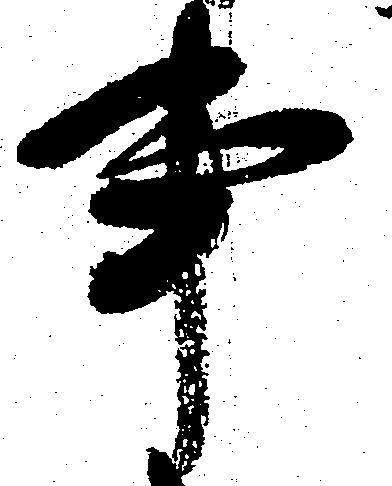
事